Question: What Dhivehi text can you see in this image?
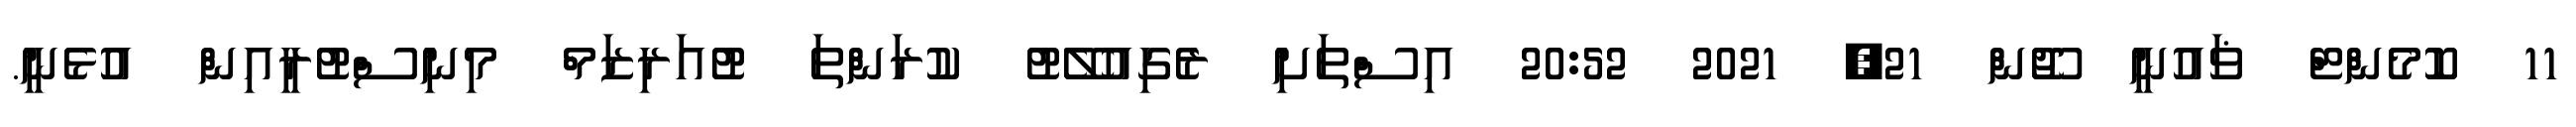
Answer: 11 ކޮމެންޓް ޥައުނީ ޖޫން 21, 2021 20:52 އިސްތަށި ރެގިއުލޭޓު ކުރަންތަ ޓުއަރިޒަމް މިނިސްޓުރީއިން އުޅެނީ.